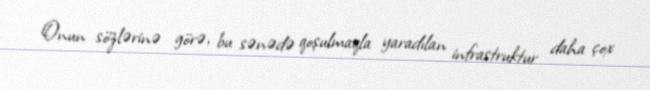
Onun sözlərinə görə, bu sənədə qoşulmaqla yaradılan infrastruktur daha çox